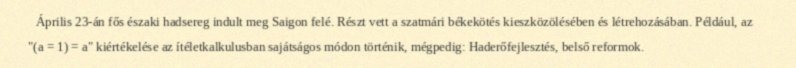
Április 23-án fős északi hadsereg indult meg Saigon felé. Részt vett a szatmári békekötés kieszközölésében és létrehozásában. Például, az "(a = 1) = a" kiértékelése az ítéletkalkulusban sajátságos módon történik, mégpedig: Haderőfejlesztés, belső reformok.